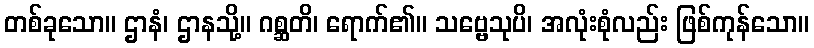
တစ်ခုသော။ ဌာနံ၊ ဌာနသို့။ ဂစ္ဆတိ၊ ရောက်၏။ သဗ္ဗေသုပိ၊ အလုံးစုံလည်း ဖြစ်ကုန်သော။